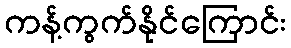
ကန့်ကွက်နိုင်ကြောင်း